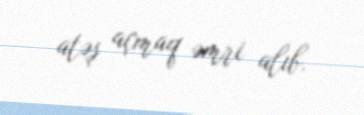
atəş açmaq əmri alıb.